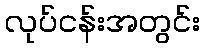
လုပ်ငန်းအတွင်း